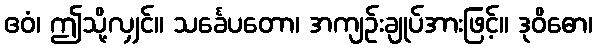
ဧဝံ၊ ဤသို့လျှင်။ သင်္ခေပတော၊ အကျဉ်းချုပ်အားဖြင့်။ ဒုဝိဓော၊